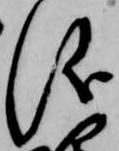
儀